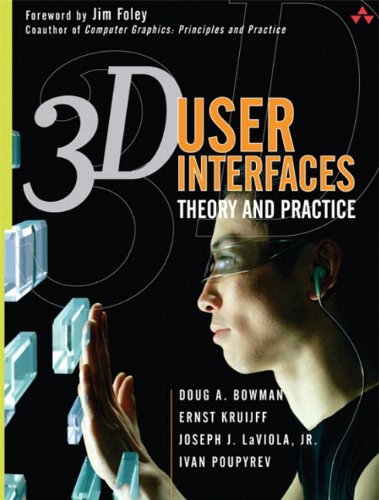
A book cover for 3D User Interfaces: Theory and Practice (paperback); Doug A. Bowman; Computers & Technology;